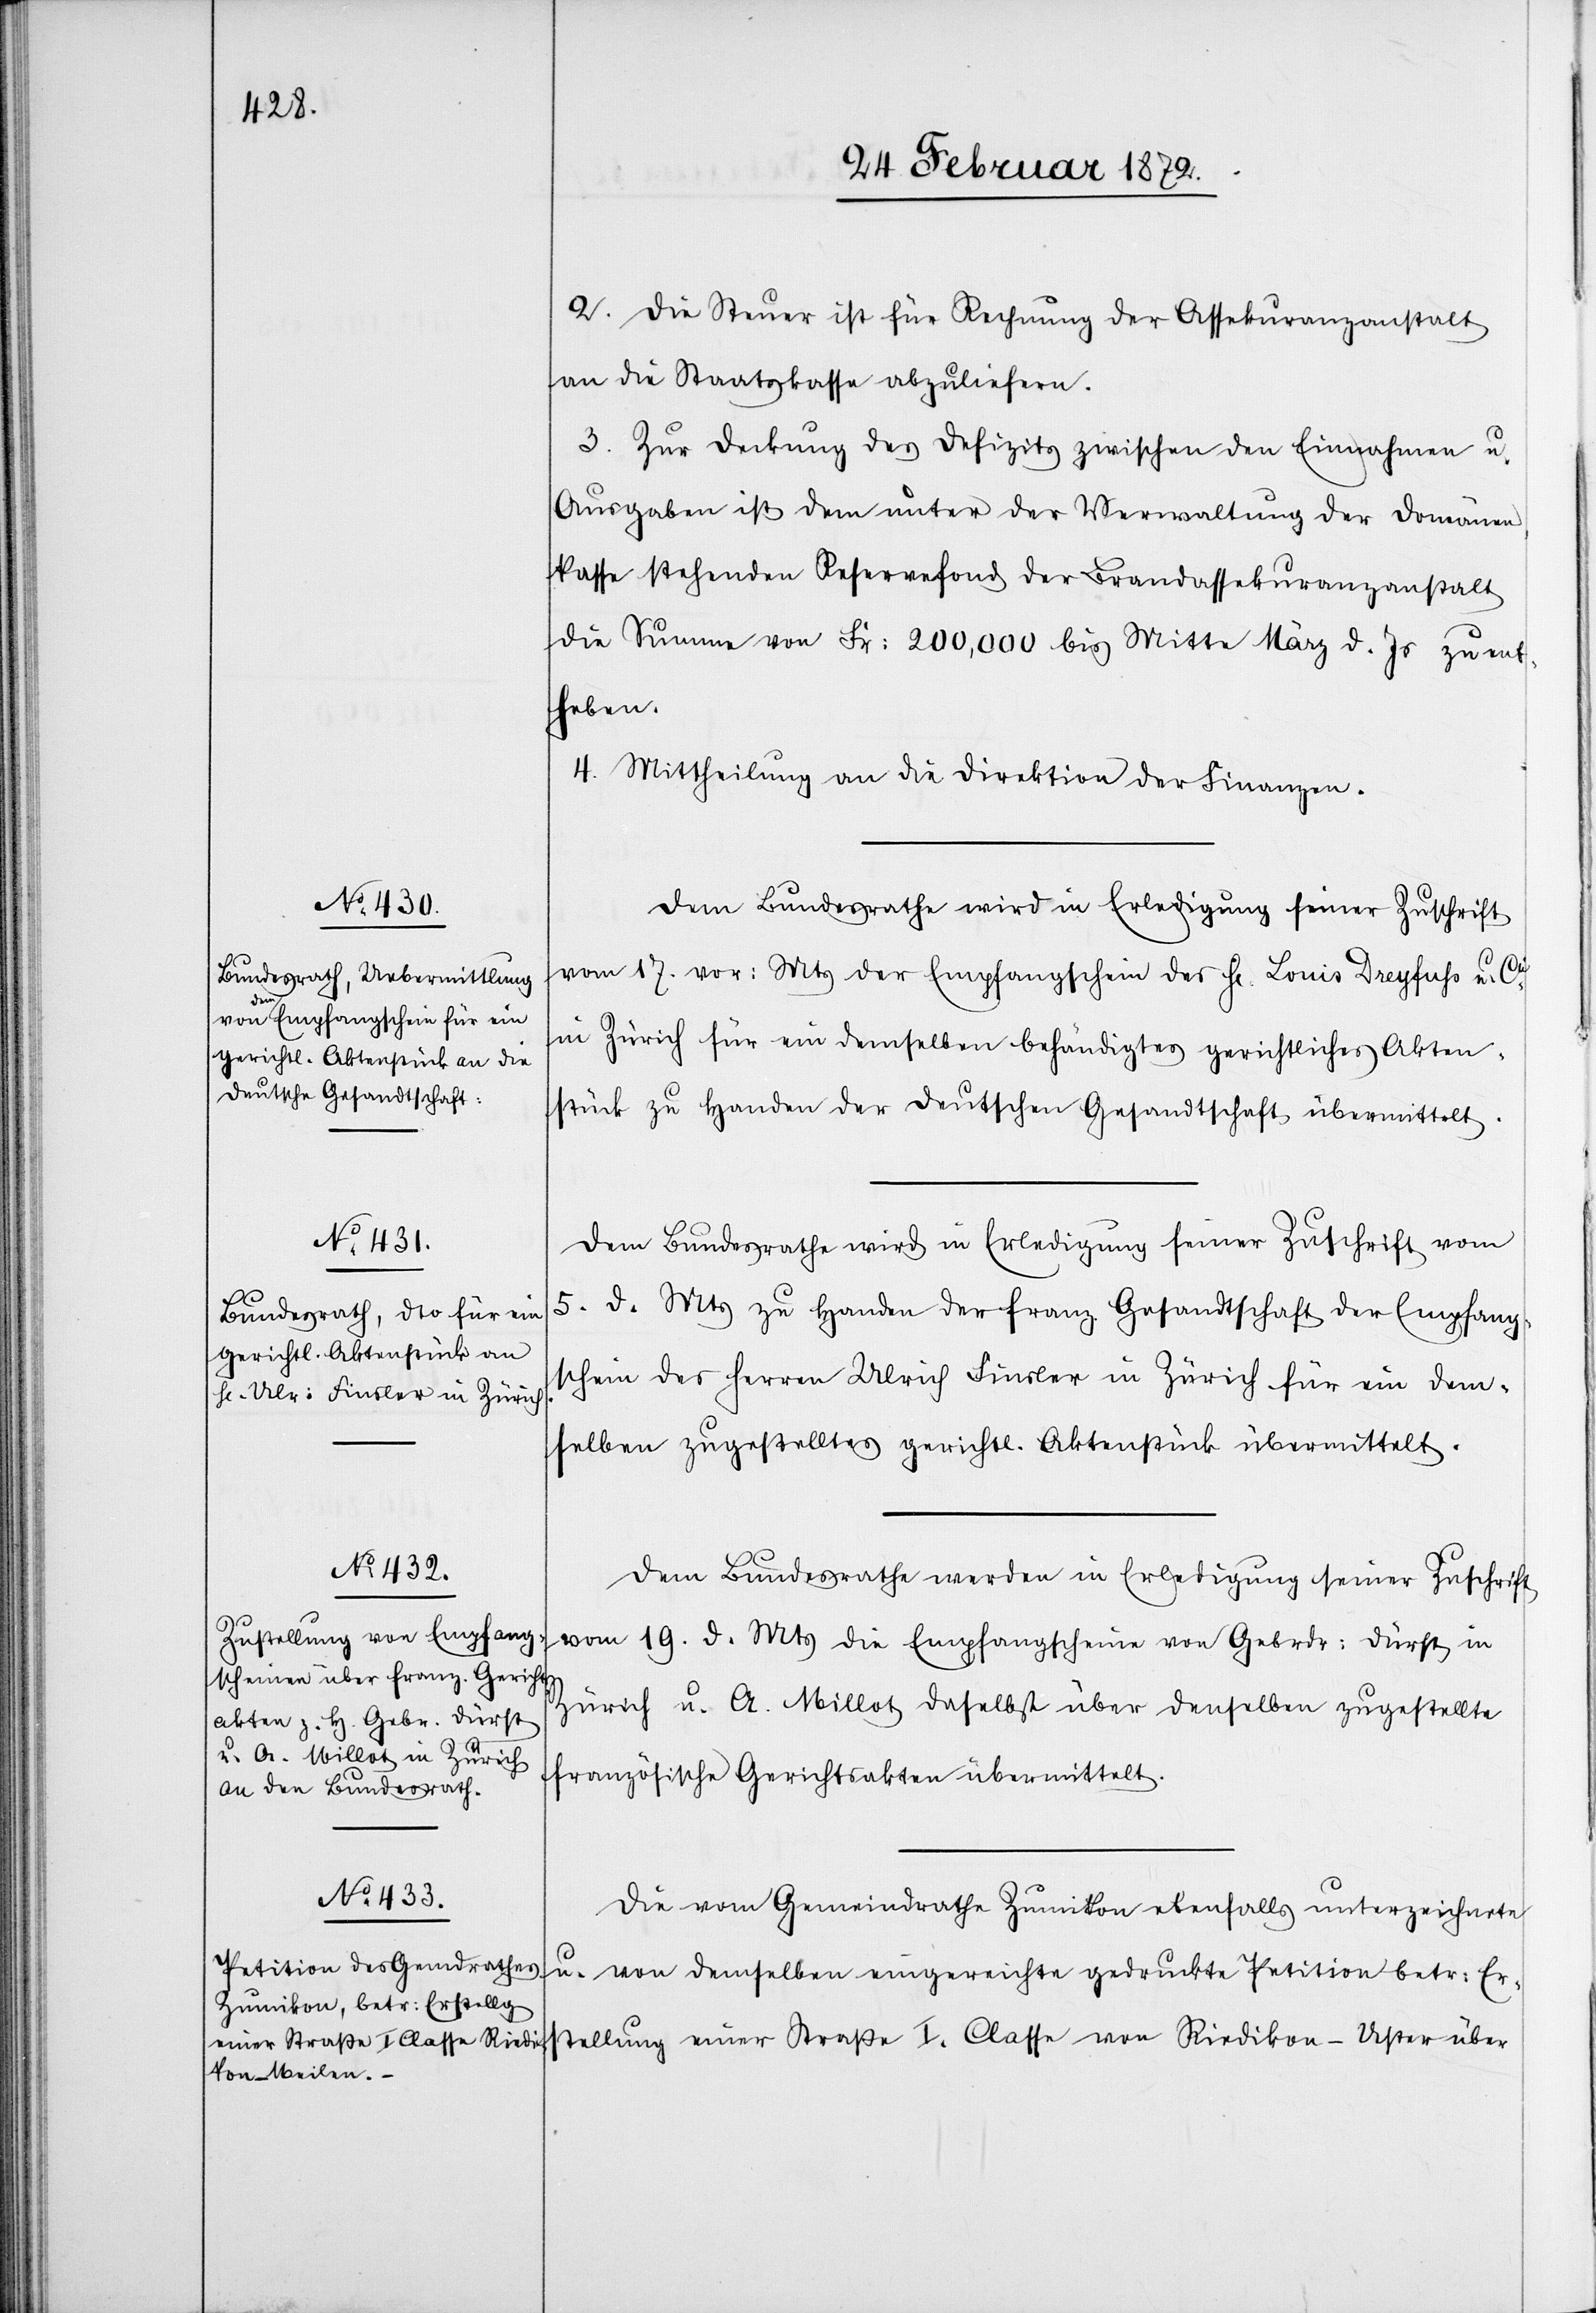
28. Februar 1872.]
2. Die Steuer ist für Rechnung der Assekuranzanstalt
an die Staatskasse abzuliefern.
3. Zur Deckung des Defizits zwischen den Einnahmen u.
Ausgaben ist dem unter der Verwaltung der Domänen¬
kasse stehenden Reservefond der Brandassekuranzanstalt
die Stumme von Fr. 200,000 bis Mitte März d. Js zu ent¬
heben.
4. Mittheilung an die Direktion der Finanzen.
Dem Bundesrathe wird in Erledigung seiner Zuschrift
vom 17. vor. Mts der Empfangschein des Hr. Louis Dreyfuss u. Co
in Zürich für ein demselben behändigtes gerichtliches Akten¬
stück zu Handen der deutschen Gesandtschaft übermittelt.
Dem Bundesrathe wird in Erledigung seiner Zuschrift vom
5. d. Mts zu Handen der franz. Gesandtschaft der Empfang¬
schein des Herren Ulrich Finsler in Zürich für ein dem¬
selben zugestelltes gerichtl. Aktenstück übermittelt.
Dem Bundesrathe werden in Erledigung seiner Zuschrift
vom 19. d. Mts die Empfangscheine von Gebrdr: Dürst in
Zürich u. A. Millot daselbst über denselben zugestellte
französische Gerichtsakten übermittelt.
Die vom Gemeindrathe Zumikon ebenfalls unterzeichnete
u. von demselben eingereichte gedruckte Petition betr. Er¬
stellung einer Straße I. Classe von Riedikon–Uster über